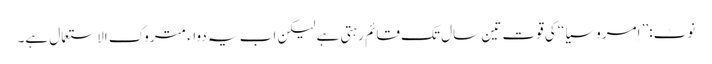
نوٹ:’’ اِمروسیا ‘‘کی قوت تین سال تک قائم رہتی ہے لیکن اب یہ دواء متروک الاستعمال ہے۔